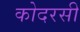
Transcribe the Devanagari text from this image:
कोदरसी